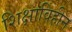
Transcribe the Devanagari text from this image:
शिक्षाविहीन